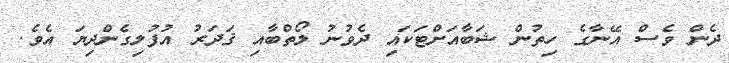
ދެން ވެސް އޭނާގެ ހިތުން ޝަބާއަށްޓަކައި ދެވުނު ލޯތްބާއި ޤަދަރު އުފުލިގެންދިޔަ އެވެ.